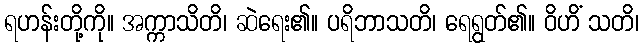
ရဟန်းတို့ကို။ အက္ကာသိတိ၊ ဆဲရေး၏။ ပရိဘာသတိ၊ ရေရွတ်၏။ ဝိဟိံ သတိ၊